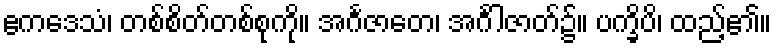
ဧကဒေသံ၊ တစ်စိတ်တစ်စုကို။ အင်္ဂဇာတေ၊ အင်္ဂါဇာတ်၌။ ပက္ခိပိ၊ ထည့်၏။